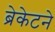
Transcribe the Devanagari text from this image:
ब्रेकेटने